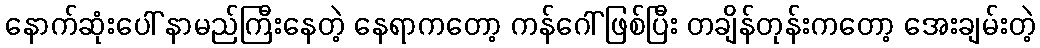
နောက်ဆုံးပေါ် နာမည်ကြီးနေတဲ့ နေရာကတော့ ကန်ဂေါ် ဖြစ်ပြီး တချိန်တုန်းကတော့ အေးချမ်းတဲ့